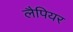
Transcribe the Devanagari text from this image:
लैपियर